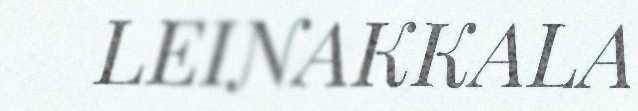
LEINAKKALA